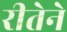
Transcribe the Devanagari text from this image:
रीतेने